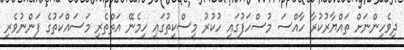
ދިވެހިންނަށް ތައްޔާރުކުރާ ހާއްސަ މުސްހަފުގައި ހުކުރު މިސްކިތުގައި ހިމެނޭ އަތްތެރި މަސައްކަތުގެ ފަންނުވެރި